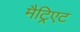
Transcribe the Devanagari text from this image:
मैट्रिएट